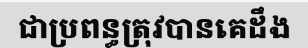
ជាប្រពន្ធត្រុវបានគេដឹង